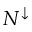
N ^ { \downarrow }